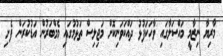
މާރިޔާ ނިޒާމީ މައްސަލާގައި ވާހަކަފުޅު ދައްކަވަނިކޮށް މަޖިލިސް ތަޅުމުގައި މެމްބަރުން އަޑުކުރަން ފެށި